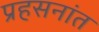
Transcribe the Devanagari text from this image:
प्रहसनांत